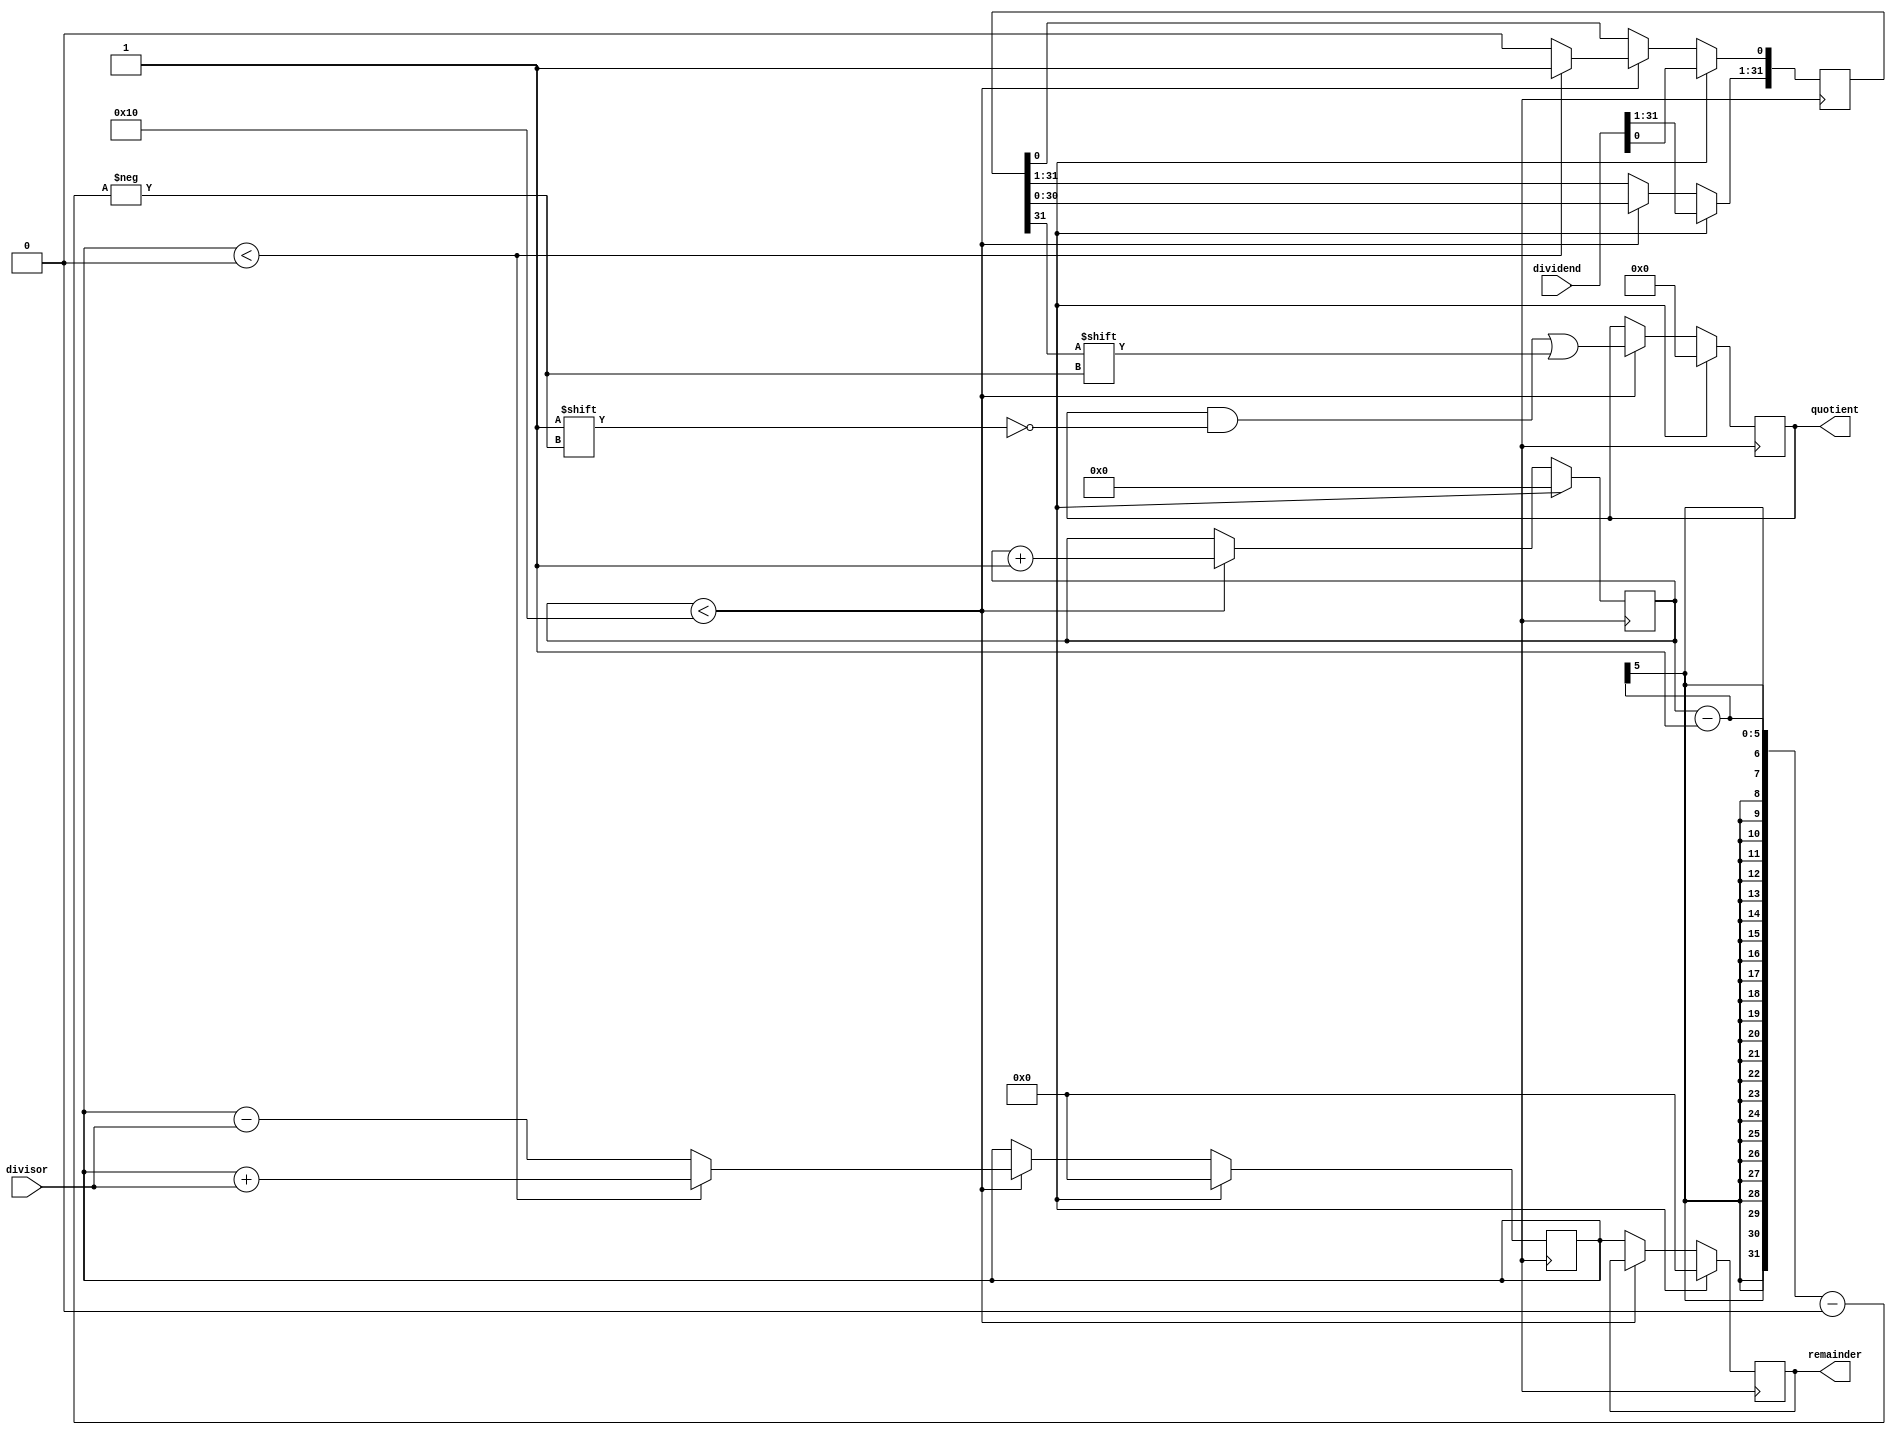
module NonRestoringDivider(
    input wire [31:0] dividend,
    input wire [31:0] divisor,
    output reg [15:0] quotient,
    output reg [31:0] remainder
);

reg [31:0] partial_remainder;
reg [31:0] temp;
reg [4:0] count;

always @ (posedge clk) begin
    if (reset) begin
        quotient <= 0;
        remainder <= 0;
        temp <= dividend;
        partial_remainder <= 0;
        count <= 0;
    end else begin
        if (count < 16) begin
            partial_remainder <= partial_remainder - divisor;
            temp <= temp << 1;
            if (partial_remainder < 0) begin
                partial_remainder <= partial_remainder + divisor;
                temp[0] = 1;
            end else begin
                temp[0] = 0;
            end
            count <= count + 1;
            quotient[count-1] <= temp[31];
        end else begin
            remainder <= partial_remainder;
        end
    end
end

endmodule